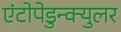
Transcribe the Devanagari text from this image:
एंटोपेडुन्क्युलर